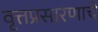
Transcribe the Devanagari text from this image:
वृत्तप्रसारणाचे